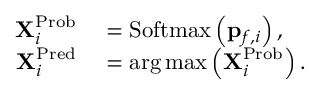
\begin{array} { r l } { { \bf X } _ { i } ^ { \mathrm { P r o b } } } & { { } = \mathrm { S o f t m a x } \left( { \bf p } _ { f , i } \right) , } \\ { { \bf X } _ { i } ^ { \mathrm { P r e d } } } & { { } = \arg \operatorname* { m a x } \left( { \bf X } _ { i } ^ { \mathrm { P r o b } } \right) . } \end{array}